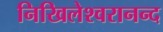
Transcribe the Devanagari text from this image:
निखिलेश्वरानन्द